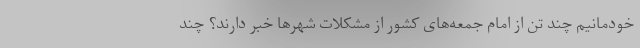
خودمانیم چند تن از امام جمعه‌های کشور از مشکلات شهرها خبر دارند؟ چند